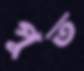
পুত